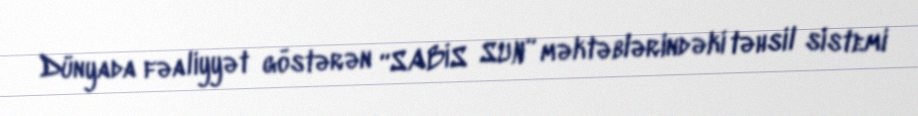
Dünyada fəaliyyət göstərən “SABİS SUN” məktəblərindəki təhsil sistemi